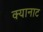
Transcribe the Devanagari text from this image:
क्यानाट